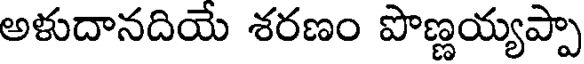
అళుదానదియే శరణం పొణ్ణయ్యప్పా